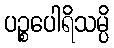
ပဉ္စပေါရိသမ္ပိ